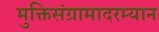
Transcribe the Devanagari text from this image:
मुक्तिसंग्रामादरम्यान